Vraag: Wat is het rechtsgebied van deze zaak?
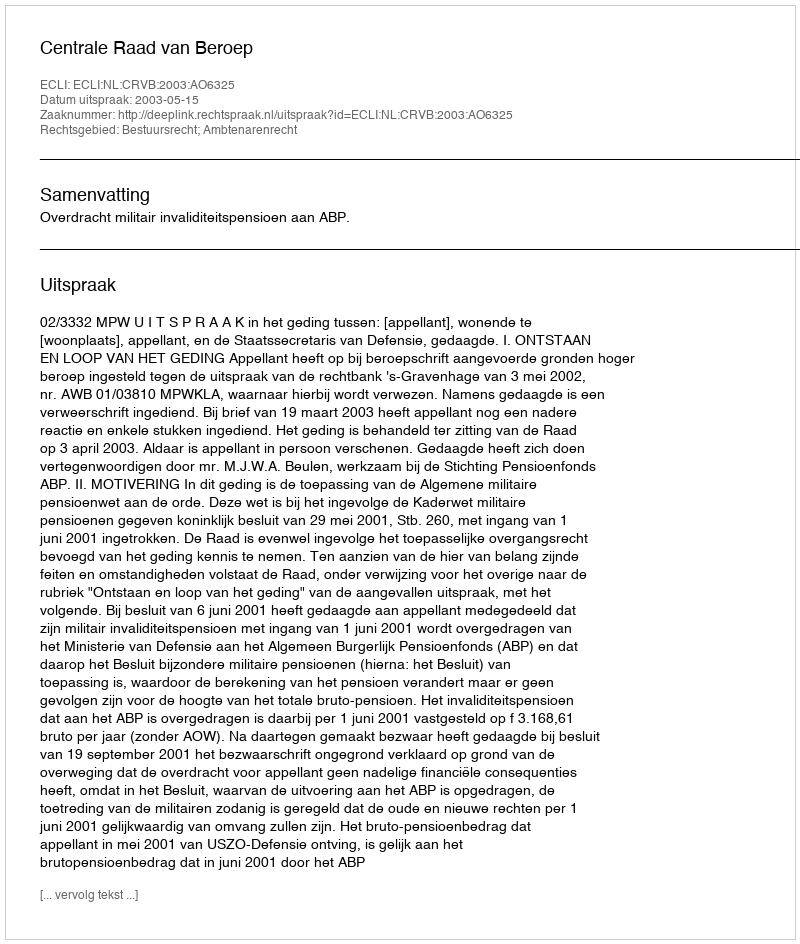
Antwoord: Bestuursrecht; Ambtenarenrecht